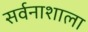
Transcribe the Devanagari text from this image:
सर्वनाशाला